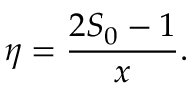
\eta = \frac { 2 S _ { 0 } - 1 } { x } .